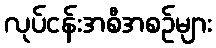
လုပ်ငန်းအစီအစဉ်များ